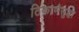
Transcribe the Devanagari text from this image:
ठिकाणेसुद्धा